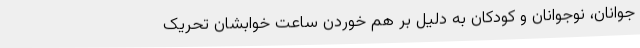
جوانان، نوجوانان و کودکان به دلیل بر هم خوردن ساعت خوابشان تحریک‌